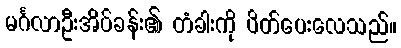
မင်္ဂလာဦးအိပ်ခန်း၏ တံခါးကို ပိတ်ပေးလေသည်။